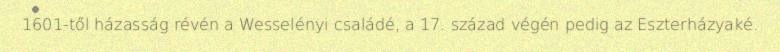
1601-től házasság révén a Wesselényi családé, a 17. század végén pedig az Eszterházyaké.